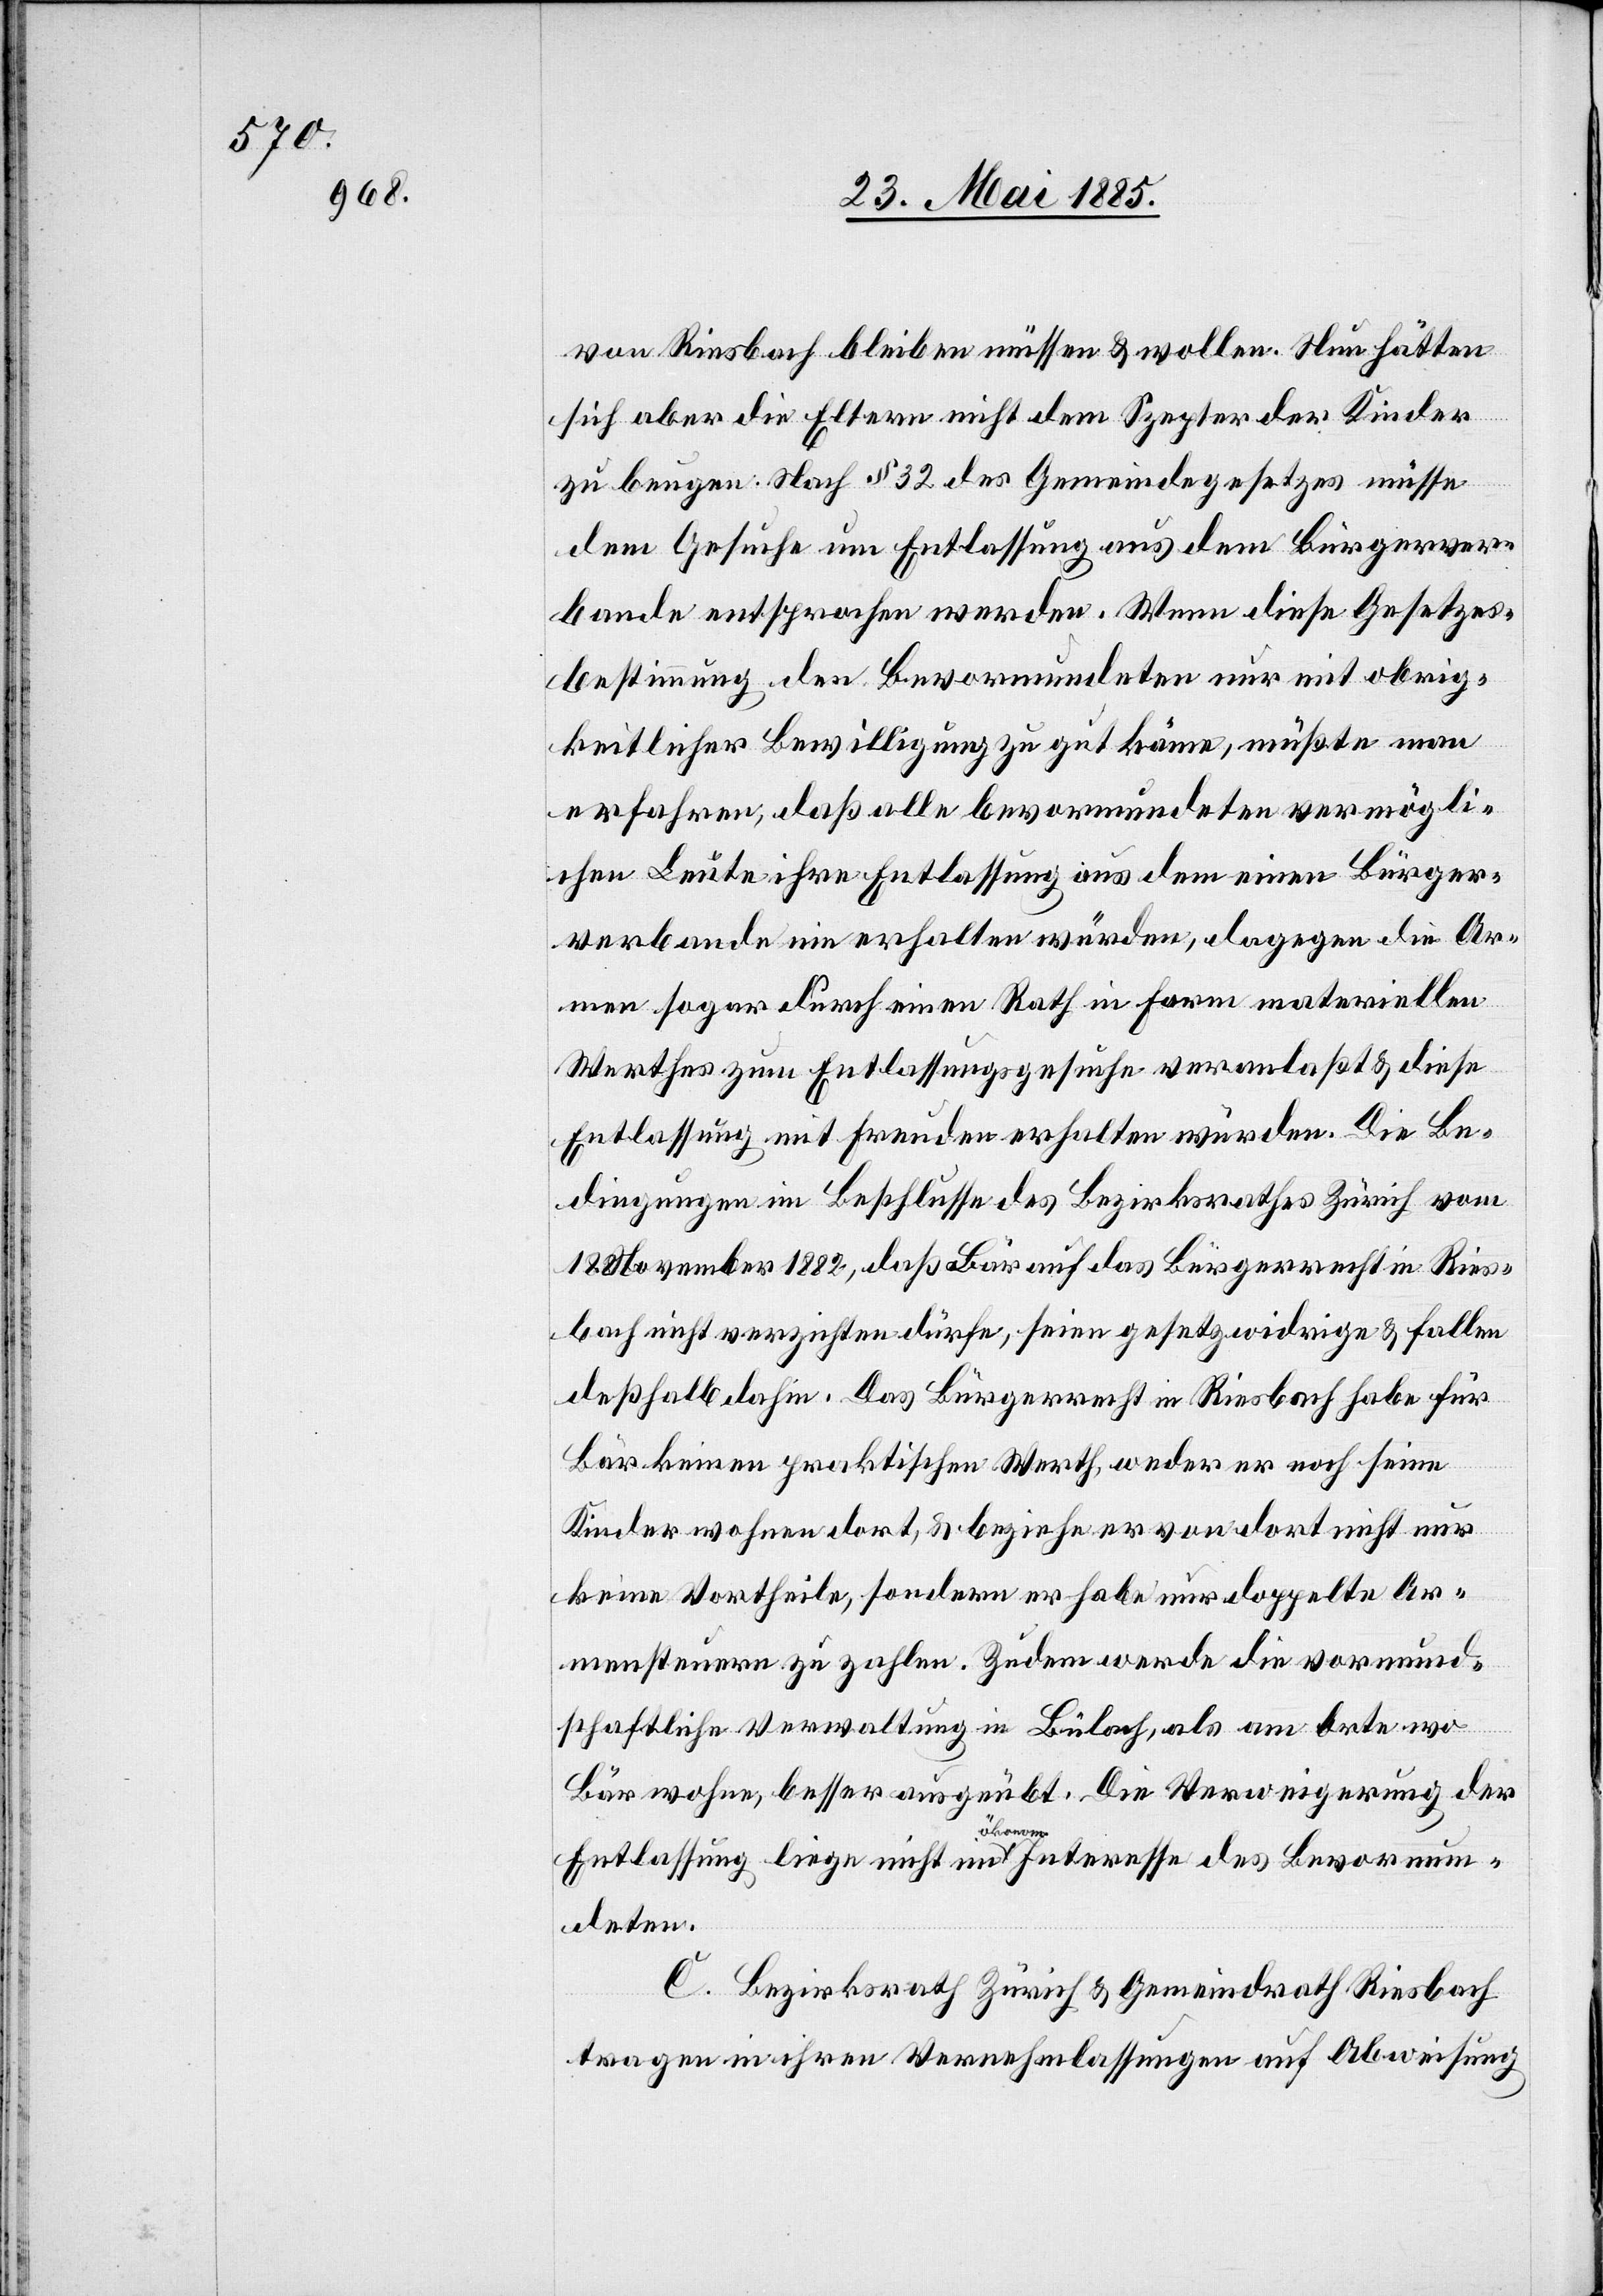
von Riesbach bleiben müssen & wollen. Nun hätten
sich aber die Eltern nicht dem Szepter der Kinder
zu beugen: Nach § 32 des Gemeindegesetzes müsse
dem Gesuche um Entlassung aus dem Bürgerver¬
bande entsprochen werden. Wenn diese Gesetzes¬
bestimmung den Bevormundeten nur mit obrig¬
keitlicher Bewilligung zu gut käme, müßte man
erfahren, daß alle bevormundeten vermögli¬
chen Leute ihre Entlassung aus dem einen Bürger¬
verbande nie erhalten würden, dagegen die Ar¬
men sogar durch einen Rath in Form materiellen
Werthes zum Entlassungsgesuche veranlaßt & diese
Entlassung mit Freuden erhalten würden. Die Be¬
dingungen im Beschlusse des Bezirksrathes Zürich vom
18. November 1882, daß Bär auf das Bürgerrecht in Ries¬
bach nicht verzichten dürfe, seien gesetzwidrige & fallen
deßhalb dahin. Das Bürgerrecht in Riesbach habe für
Bär keinen praktischen Werth, weder er noch seine
Kinder wohnen dort, & beziehe er von dort nicht nur
keine Vortheile, sondern er habe nur doppelte Ar¬
mensteuern zu zahlen. Zudem werde die vormund¬
schaftliche Verwaltung in Bülach, als am Orte wo
Bär wohne, besser ausgeübt. Die Verweigerung der
Entlassung liege nicht im ökonom. Interesse des Bevormun¬
deten.
C. Bezirksrath Zürich & Gemeindrath Riesbach
tragen in ihren Vernehmlassungen auf Abweisung